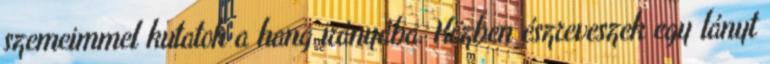
szemeimmel kutatok a hang irányába. Közben észreveszek egy lányt